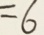
= 6